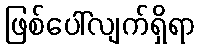
ဖြစ်ပေါ်လျက်ရှိရာ